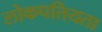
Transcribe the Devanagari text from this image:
लोकपतियता